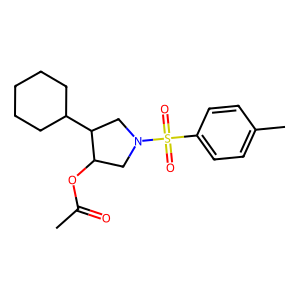
SMILES: CC(=O)OC1CN(S(=O)(=O)c2ccc(C)cc2)CC1C1CCCCC1
Inhibits HIV replication: No